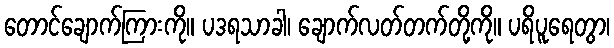
တောင်ချောက်ကြားကို။ ပဒရသာခါ၊ ချောက်လတ်တက်တို့ကို။ ပရိပူရေတွာ၊